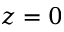
z = 0